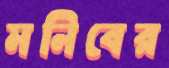
মনিবের